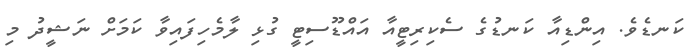
ކަނޑެވެ. އިންޑިއާ ކަނޑުގެ ސެކިރިޓީއާ އައްޑޫސިޓީ ގުޅި ލާމެހިފައިވާ ކަމަށް ނަޝީދު މި